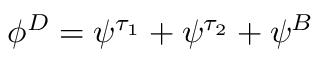
\phi ^ { D } = \psi ^ { \tau _ { 1 } } + \psi ^ { \tau _ { 2 } } + \psi ^ { B }